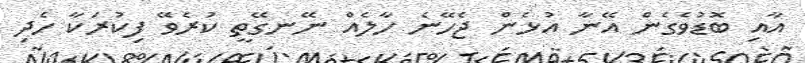
އާއި ބޮޑުވެގެން އޭނާ އުޅެން ޖެހޭނެ ހާލެއް ނޭނގޭތީ ކުރެވޭ ފިކުރަކާ ހެދި